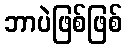
ဘာပဲဖြစ်ဖြစ်